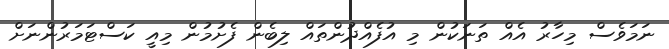
ނަމަވެސް މިހާރު އެއް ތަނަކުން މި އުފެއްދުންތައް ލިބެން ފެށުމުން މިއީ ކަސްޓަމަރުންނަށް